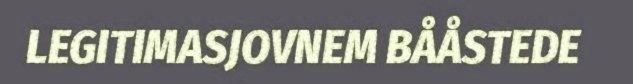
LEGITIMASJOVNEM BÅÅSTEDE